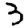
Digit: 3